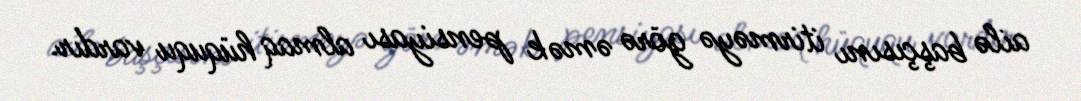
ailə başçısını itirməyə görə əmək pensiyası almaq hüququ vardır.